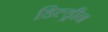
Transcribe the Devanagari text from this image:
डिल्ड्रीन